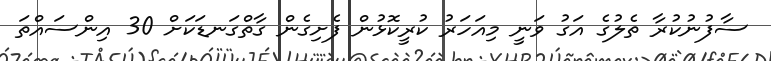
ސާފުނުކުރާ ތެލުގެ އަގު ވަނީ މިއަހަރު ކުރީކޮޅުން ފެށިގެން ގާތްގަނޑަކަށް 30 އިންސައްތަ